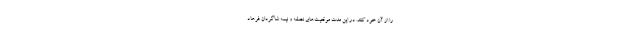
را از آن خود کنند. در این مدت موقعیت‌های نصفه و نیمه شاگردان فرهاد